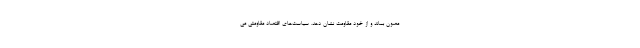
مصون بماند و از خود مقاومت نشان دهد. سیاست‌های اقتصاد مقاومتی می